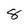
Character: 8